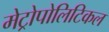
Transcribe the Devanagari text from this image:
मेट्रोपोलिटिकल